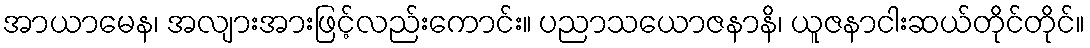
အာယာမေန၊ အလျားအားဖြင့်လည်းကောင်း။ ပညာသယောဇနာနိ၊ ယူဇနာငါးဆယ်တိုင်တိုင်။